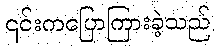
၎င်းကပြောကြားခဲ့သည်